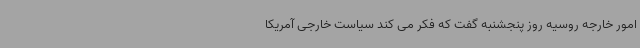
امور خارجه روسیه روز پنجشنبه گفت که فکر می کند سیاست خارجی آمریکا